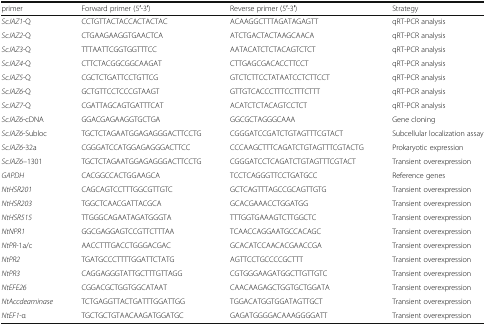
<table><thead><tr><td><b>primer</b></td><td><b>Forward primer (5′-3′)</b></td><td><b>Reverse primer (5′-3′)</b></td><td><b>Strategy</b></td></tr></thead><tbody><tr><td><i>ScJAZ1</i>-Q</td><td>CCTGTTACTACCACTACTAC</td><td>ACAAGGCTTTAGATAGAGTT</td><td>qRT-PCR analysis</td></tr><tr><td><i>ScJAZ2</i>-Q</td><td>CTGAAGAAGGTGAACTCA</td><td>ATCTGACTACTAAGCAACA</td><td>qRT-PCR analysis</td></tr><tr><td><i>ScJAZ3</i>-Q</td><td>TTTAATTCGGTGGTTTCC</td><td>AATACATCTCTACAGTCTCT</td><td>qRT-PCR analysis</td></tr><tr><td><i>ScJAZ4</i>-Q</td><td>CTTCTACGGCGGCAAGAT</td><td>CTTGAGCGACACCTTCCT</td><td>qRT-PCR analysis</td></tr><tr><td><i>ScJAZ5</i>-Q</td><td>CGCTCTGATTCCTGTTCG</td><td>GTCTCTTCCTATAATCCTCTTCCT</td><td>qRT-PCR analysis</td></tr><tr><td><i>ScJAZ6</i>-Q</td><td>GCTGTTCCTCCCGTAAGT</td><td>GTTGTCACCCTTTCCTTTCTTT</td><td>qRT-PCR analysis</td></tr><tr><td><i>ScJAZ7</i>-Q</td><td>CGATTAGCAGTGATTTCAT</td><td>ACATCTCTACAGTCCTCT</td><td>qRT-PCR analysis</td></tr><tr><td><i>ScJAZ6</i>-cDNA</td><td>GGACGAGAAGGTGCTGA</td><td>GGCGCTAGGGCAAA</td><td>Gene cloning</td></tr><tr><td><i>ScJAZ6</i>-Subloc</td><td>TGCTCTAGAATGGAGAGGGACTTCCTG</td><td>CGGGATCCGATCTGTAGTTTCGTACT</td><td>Subcellular localization assay</td></tr><tr><td><i>ScJAZ6</i>-32a</td><td>CGGGATCCATGGAGAGGGACTTCC</td><td>CCCAAGCTTTCAGATCTGTAGTTTCGTACTG</td><td>Prokaryotic expression</td></tr><tr><td><i>ScJAZ6</i>–1301</td><td>TGCTCTAGAATGGAGAGGGACTTCCTG</td><td>CGGGATCCTCAGATCTGTAGTTTCGTACT</td><td>Transient overexpression</td></tr><tr><td><i>GAPDH</i></td><td>CACGGCCACTGGAAGCA</td><td>TCCTCAGGGTTCCTGATGCC</td><td>Reference genes</td></tr><tr><td><i>NtHSR201</i></td><td>CAGCAGTCCTTTGGCGTTGTC</td><td>GCTCAGTTTAGCCGCAGTTGTG</td><td>Transient overexpression</td></tr><tr><td><i>NtHSR203</i></td><td>TGGCTCAACGATTACGCA</td><td>GCACGAAACCTGGATGG</td><td>Transient overexpression</td></tr><tr><td><i>NtHSR515</i></td><td>TTGGGCAGAATAGATGGGTA</td><td>TTTGGTGAAAGTCTTGGCTC</td><td>Transient overexpression</td></tr><tr><td><i>NtNPR1</i></td><td>GGCGAGGAGTCCGTTCTTTAA</td><td>TCAACCAGGAATGCCACAGC</td><td>Transient overexpression</td></tr><tr><td><i>NtPR</i>-1a/c</td><td>AACCTTTGACCTGGGACGAC</td><td>GCACATCCAACACGAACCGA</td><td>Transient overexpression</td></tr><tr><td><i>NtPR2</i></td><td>TGATGCCCTTTTGGATTCTATG</td><td>AGTTCCTGCCCCGCTTT</td><td>Transient overexpression</td></tr><tr><td><i>NtPR3</i></td><td>CAGGAGGGTATTGCTTTGTTAGG</td><td>CGTGGGAAGATGGCTTGTTGTC</td><td>Transient overexpression</td></tr><tr><td><i>NtEFE26</i></td><td>CGGACGCTGGTGGCATAAT</td><td>CAACAAGAGCTGGTGCTGGATA</td><td>Transient overexpression</td></tr><tr><td><i>NtAccdeaminase</i></td><td>TCTGAGGTTACTGATTTGGATTGG</td><td>TGGACATGGTGGATAGTTGCT</td><td>Transient overexpression</td></tr><tr><td><i>NtEF1</i>-α</td><td>TGCTGCTGTAACAAGATGGATGC</td><td>GAGATGGGGACAAAGGGGATT</td><td>Transient overexpression</td></tr></tbody></table>